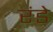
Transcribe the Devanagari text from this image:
रंडे